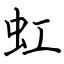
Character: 虹